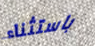
باستثناء